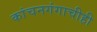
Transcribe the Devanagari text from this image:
कांचनगंगाचीही